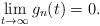
LaTeX: \begin{align*} \lim_{t \to \infty} g_n(t) = 0.\end{align*}